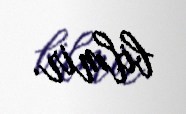
bilmir.